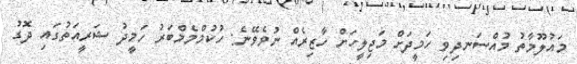
މައުލޫމާތު މުއްސަނދިވި ހަމީދަށް މަޖިލީހަށް ހާޒިރެއް ނުވެވޭނެ: ހުކުމްމެމްބަރު ހަމީދު ޝަރީއަތުގައި ދޮގު